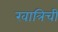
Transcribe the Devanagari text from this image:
खात्रिची